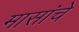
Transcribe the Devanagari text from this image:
मासांचे